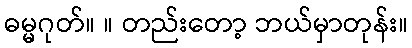
ဓမ္မဂုတ်။ ။ တည်းတော့ ဘယ်မှာတုန်း။